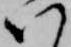
い